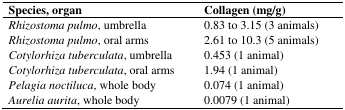
<table><thead><tr><td><b>Species, organ</b></td><td><b>Collagen (mg/g)</b></td></tr></thead><tbody><tr><td><i>Rhizostoma pulmo</i>, umbrella</td><td>0.83 to 3.15 (3 animals)</td></tr><tr><td><i>Rhizostoma pulmo</i>, oral arms</td><td>2.61 to 10.3 (5 animals)</td></tr><tr><td><i>Cotylorhiza tuberculata</i>, umbrella</td><td>0.453 (1 animal)</td></tr><tr><td><i>Cotylorhiza tuberculata</i>, oral arms</td><td>1.94 (1 animal)</td></tr><tr><td><i>Pelagia noctiluca</i>, whole body</td><td>0.074 (1 animal)</td></tr><tr><td><i>Aurelia aurita</i>, whole body</td><td>0.0079 (1 animal)</td></tr></tbody></table>